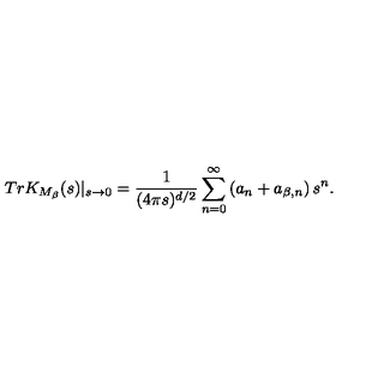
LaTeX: T r K _ { M _ { \beta } } ( s ) | _ { s \rightarrow 0 } = { \frac { 1 } { ( 4 \pi s ) ^ { d / 2 } } } \sum _ { n = 0 } ^ { \infty } \left( a _ { n } + a _ { \beta , n } \right) s ^ { n } .